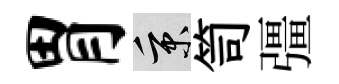
胃秉笥彊